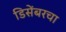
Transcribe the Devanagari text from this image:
डिसेंबरचा